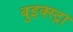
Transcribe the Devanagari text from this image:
बुइक्स्ट्रा